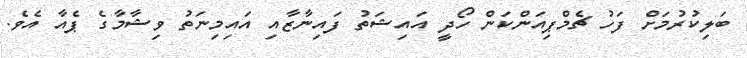
ބަލިކުރުމަށް ފަހު ޗެމްޕިއަންކަން ހޯދީ އައިޝަތު ފައިނާޒާއި އައިމިނަތު ވިޝާމާގެ ޕެއާ އެވެ.